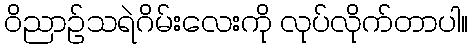
ဝိညာဉ်သရဲဂိမ်းလေးကို လုပ်လိုက်တာပါ။